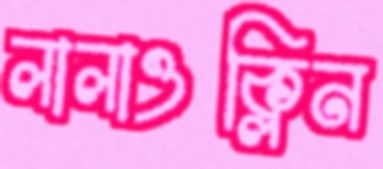
লালাওক্লিন